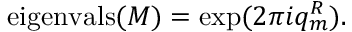
\mathrm { e i g e n v a l s } ( M ) = \exp ( 2 \pi i q _ { m } ^ { R } ) .